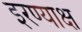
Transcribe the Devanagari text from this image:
इरण्याक्ष